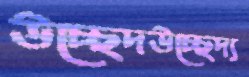
উচ্ছেদউচ্ছেদ্য